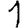
Digit: 1